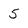
Character: 5